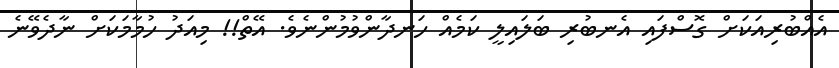
އެއްބުރިއަކަށް ގޮސްފައި އެނބުރި ބަލައިލީ ކަމެއް ހަނދާންވުމުންނެވެ. އޭތް!! މިއަދު ހުމާމަކަށް ނާދެވޭނެ